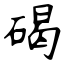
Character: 碣